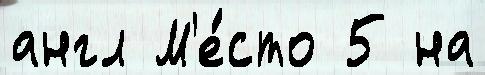
англ М'е́сто 5 на